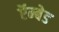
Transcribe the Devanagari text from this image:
ऍम्बेड